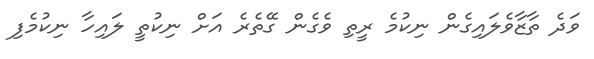
ވަދެ ތާޒާވެލައިގެން ނިކުމެ ރީތި ވެގެން ގޭތެރެ އަށް ނިކުތީ ލައިހާ ނިކުމެފި